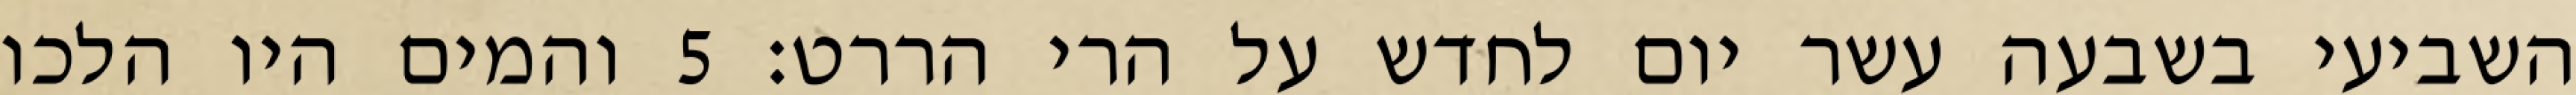
השביעי בשבעה עשר יום לחדש על הרי הררט׃ ‎5‏ והמים היו הלכו